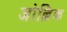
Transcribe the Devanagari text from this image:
जोल्लिफ